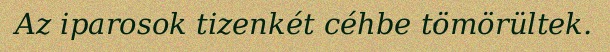
Az iparosok tizenkét céhbe tömörültek.